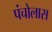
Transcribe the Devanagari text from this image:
पंचोलास